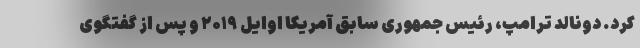
کرد. دونالد ترامپ، رئیس جمهوری سابق آمریکا اوایل ۲۰۱۹ و پس از گفتگوی